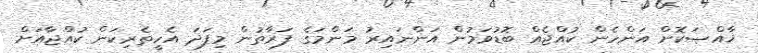
ޚާއްޞަކޮށް އަންހެން ކުއްޖެއް ބޮޑުވަމުން އަންނައިރު މަންމަގެ ފަރާތުން މިފަދަ އެހީތެރިކަން ކުއްޖާއަށް